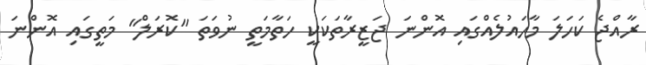
ރާއްޖެ ކަހަލަ މާހައުލެއްގައި އޮންނަ ޖަޒީރާތަކަކީ ހަތާމަތީ ނުވަތަ "ކޮރަލް" މަތީގައި އޮންނަ